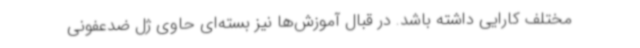
مختلف کارایی داشته باشد. در قبال آموزش‌ها نیز بسته‌ای حاوی ژل ضدعفونی